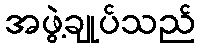
အဖွဲ့ချုပ်သည်